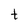
Character: t